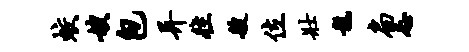
蛟嫂包异往艘位壮龙扃忌